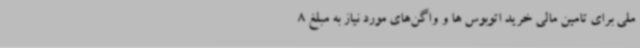
ملی برای تامین مالی خرید اتوبوس ها و واگن‌های مورد نیاز به مبلغ 8